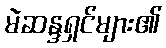
မဲဆန္ဒရှင်များ၏